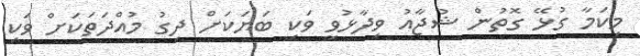
މިކަމާ ގުޅޭ ގޮތުން ޝުޖާއު ވިދާޅުވީ ވަކި ބަޔަކަށް ދިގު މުއްދަތަކަށް ވަކި